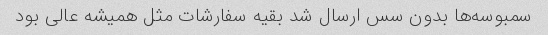
سمبوسه‌ها بدون سس ارسال شد بقیه سفارشات مثل همیشه عالی بود